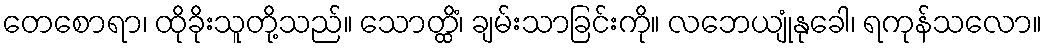
တေစောရာ၊ ထိုခိုးသူတို့သည်။ သောတ္ထိံ၊ ချမ်းသာခြင်းကို။ လဘေယျုံနုခေါ၊ ရကုန်သလော။